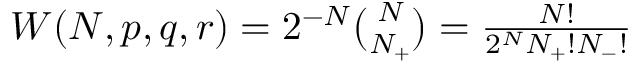
\begin{array} { r } { W ( N , p , q , r ) = 2 ^ { - N } \binom { N } { N _ { + } } = \frac { N ! } { 2 ^ { N } N _ { + } ! N _ { - } ! } } \end{array}